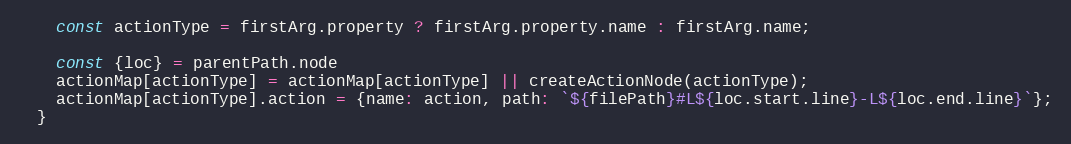
Language: JavaScript
    const actionType = firstArg.property ? firstArg.property.name : firstArg.name;

    const {loc} = parentPath.node
    actionMap[actionType] = actionMap[actionType] || createActionNode(actionType);
    actionMap[actionType].action = {name: action, path: `${filePath}#L${loc.start.line}-L${loc.end.line}`};
  }